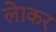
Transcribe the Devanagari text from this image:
लेाकर